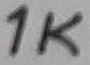
Text: 1K